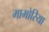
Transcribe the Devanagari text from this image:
मामोरिया